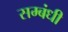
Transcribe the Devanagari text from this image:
सम्‍बंधी